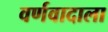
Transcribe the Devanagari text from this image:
वर्णवादाला